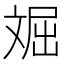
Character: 𱡦